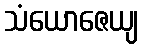
သံယောဇေယျ